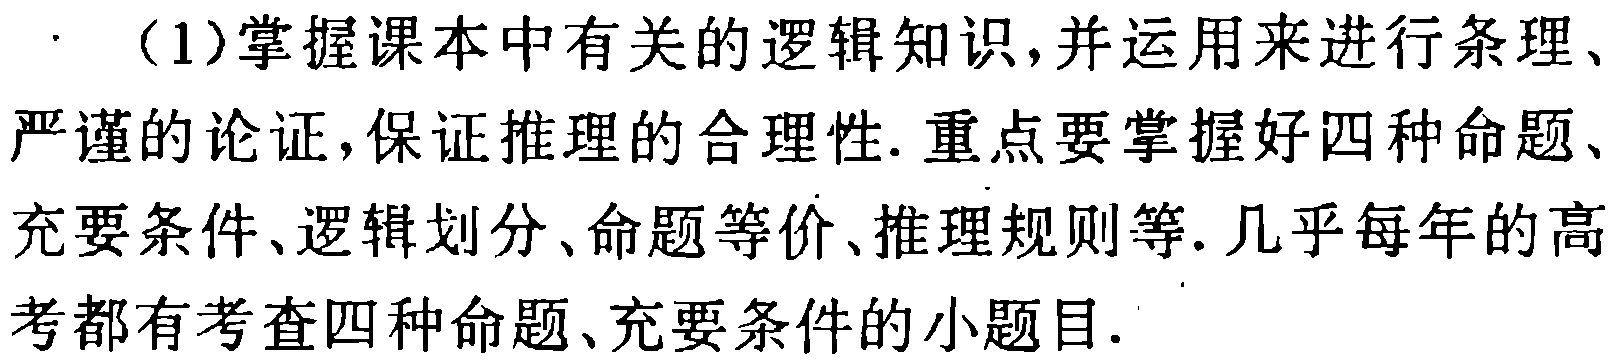
（1）掌握课本中有关的逻辑知识，并运用来进行条理、严谨的论证，保证推理的合理性. 重点要掌握好四种命题、充要条件、逻辑划分、命题等价、推理规则等. 几乎每年的高考都有考查四种命题、充要条件的小题目.